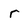
Character: r